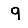
Digit: 9